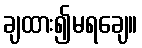
ချထား၍မရချေ။